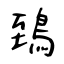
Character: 鵄